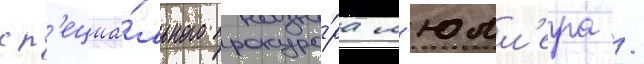
сп'ециа́льного прокуро́ра м'юлл'ера /